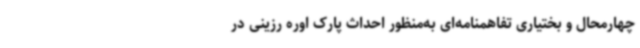
چهارمحال و بختیاری تفاهمنامه‌ای به‌منظور احداث پارک اوره رزینی در